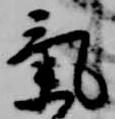
気